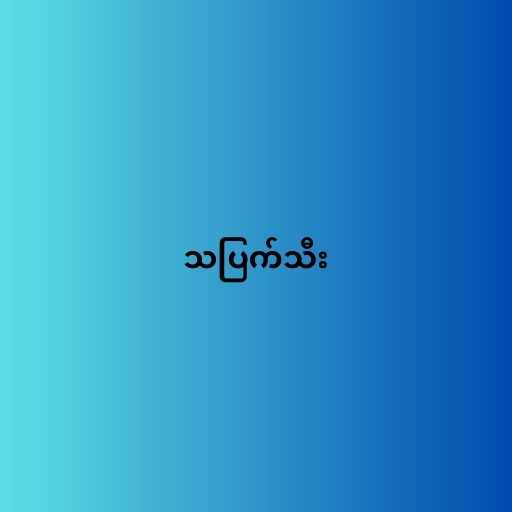
သပြက်သီး